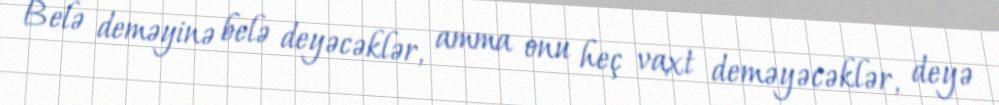
Belə deməyinə belə deyəcəklər, amma onu heç vaxt deməyəcəklər, deyə